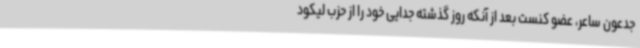
جدعون ساعر، عضو کنست بعد از آنکه روز گذشته جدایی خود را از حزب لیکود